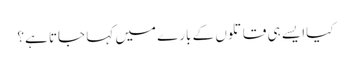
کیاا یسے ہی قاتلوں کے بارے میں کہا جاتا ہے؟